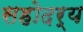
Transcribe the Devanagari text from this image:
सहोदर्य